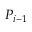
P _ { i - 1 }